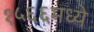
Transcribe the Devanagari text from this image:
१५६६मध्ये